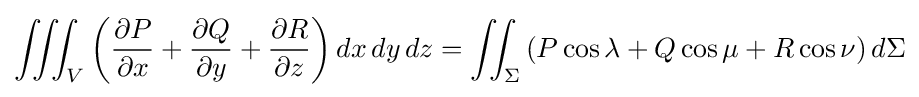
\iiint _{V}\left({\partial P \over \partial x}+{\partial Q \over \partial y}+{\partial R \over \partial z}\right)dx\,dy\,dz=\iint _{\Sigma }\left(P\cos \lambda +Q\cos \mu +R\cos \nu \right)d\Sigma